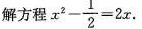
解方程 $$x^{2}- \frac{1}{2}=2x$$